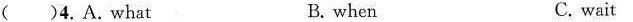
()4.A.what B.when C.wait